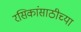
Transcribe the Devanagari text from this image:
रसिकांसाठीच्या